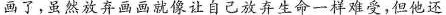
画了，虽然放弃画画就像让自己放弃生命一样难受，但他还